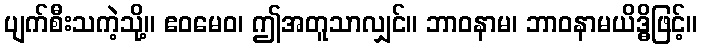
ပျက်စီးသကဲ့သို့။ ဧဝမေဝ၊ ဤအတူသာလျှင်။ ဘာဝနာမ၊ ဘာဝနာမယိဒ္ဓိဖြင့်။